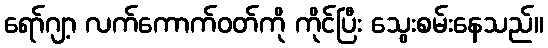
ရော်ဂျာ့ လက်ကောက်ဝတ်ကို ကိုင်ပြီး သွေးစမ်းနေသည်။